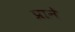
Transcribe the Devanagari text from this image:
प्राने